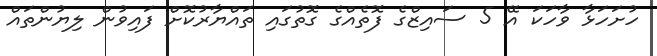
ހުށަހަޅާ ވާހަކަ އޭ 5 ސައިޒްގެ ފޮތެއްގެ ގޮތުގައި ތައްޔާރުކޮށް ފައިވުން ލިޔުންތައް